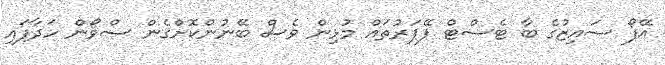
އޭފޯ ސައިޒުގެ ބާ ޓެސްޓް ޕޭޕަރުތައް މުޅިން ވެސް ބޭނުންކޮށްގެން ސްވޯން ހަދާފައި